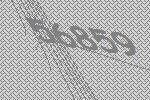
56859